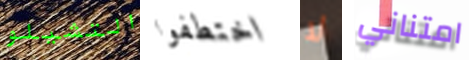
التشيلو اختطفوا لا امتناني